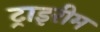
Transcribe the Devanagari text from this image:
ट्राइरीम